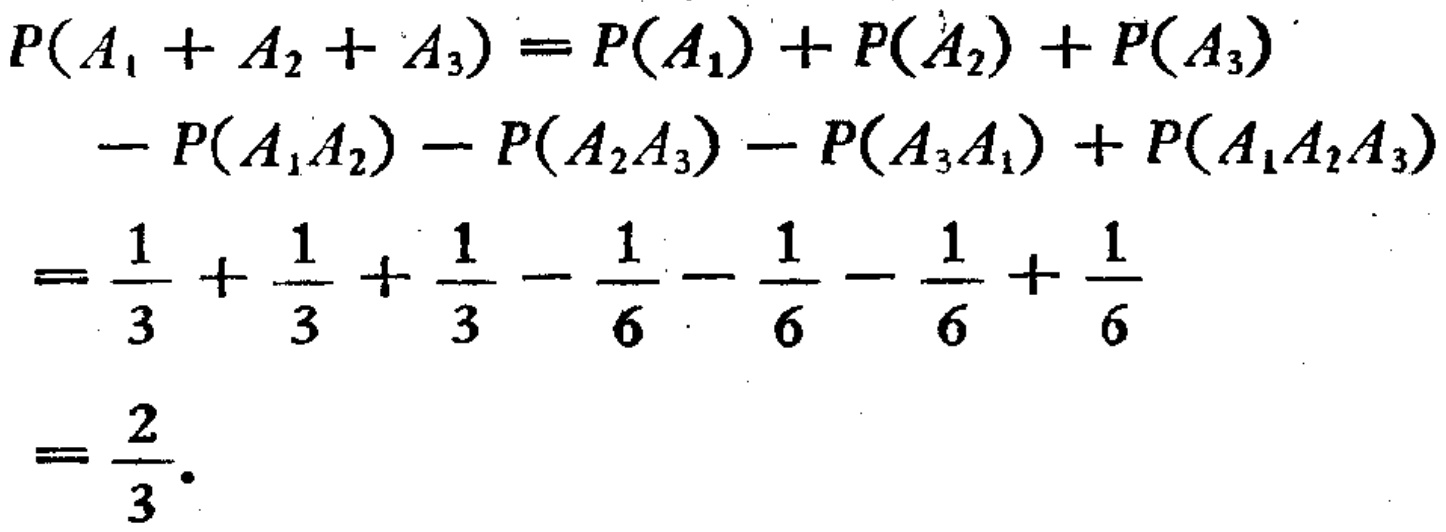
\[

\begin{align*}

P(A_1 + A_2 + A_3) &= P(A_1) + P(A_2) + P(A_3)\\

&- P(A_1A_2) - P(A_2A_3) - P(A_3A_1) + P(A_1A_2A_3)\\

&=\frac{1}{3}+\frac{1}{3}+\frac{1}{3}-\frac{1}{6}-\frac{1}{6}-\frac{1}{6}+\frac{1}{6}\\

&=\frac{2}{3}.

\end{align*}

\]